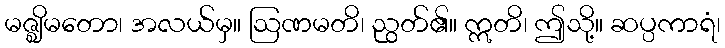
မဇ္ဈိမတော၊ အလယ်မှ။ ဩဏမတိ၊ ညွတ်၏။ ဣတိ၊ ဤသို့။ ဆပ္ပကာရံ၊